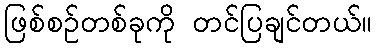
ဖြစ်စဉ်တစ်ခုကို တင်ပြချင်တယ်။